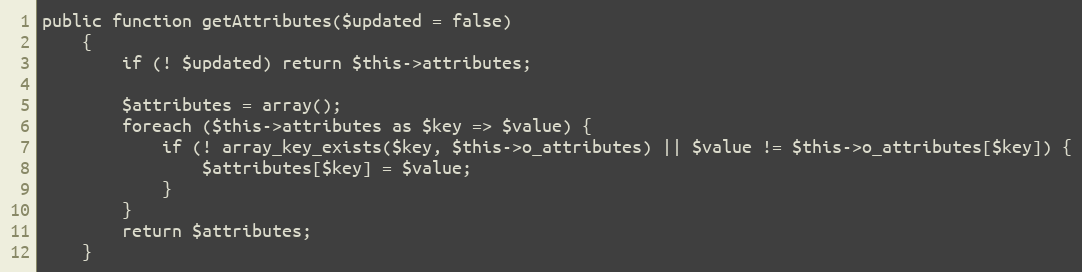
Language: PHP
public function getAttributes($updated = false)
    {
        if (! $updated) return $this->attributes;

        $attributes = array();
        foreach ($this->attributes as $key => $value) {
            if (! array_key_exists($key, $this->o_attributes) || $value != $this->o_attributes[$key]) {
                $attributes[$key] = $value;
            }
        }
        return $attributes;
    }